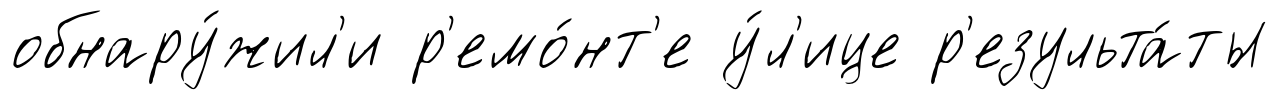
обнару́жил'и р'емо́нт'е у́л'ице р'езульта́ты